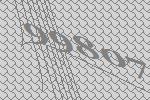
99807